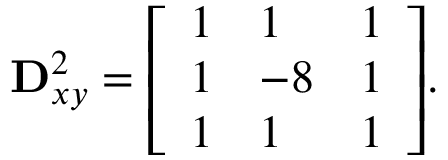
\mathbf { D } _ { x y } ^ { 2 } = { \left[ \begin{array} { l l l } { 1 } & { 1 } & { 1 } \\ { 1 } & { - 8 } & { 1 } \\ { 1 } & { 1 } & { 1 } \end{array} \right] } .